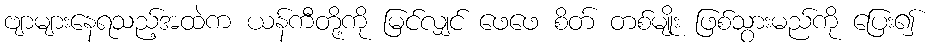
ဗျာများနေရသည့်အထဲက ယန်ကီတို့ကို မြင်လျှင် ဖေဖေ စိတ် တစ်မျိုး ဖြစ်သွားမည်ကို ပြေး၍